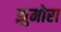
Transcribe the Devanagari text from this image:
झुमोरा